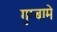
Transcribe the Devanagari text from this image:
गुम्बामे